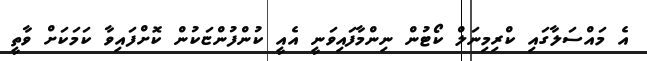
އެ މައްސަލާގައި ކްރިމިނަލް ކޯޓުން ނިންމާފައިވަނީ އެއީ ކުންފުންޏަކުން ކޮށްފައިވާ ކަމަކަށް ވާތީ